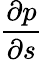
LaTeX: \frac{\partial p}{\partial s}